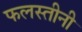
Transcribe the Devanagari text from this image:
फलस्तीनी